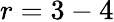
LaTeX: r=3-4